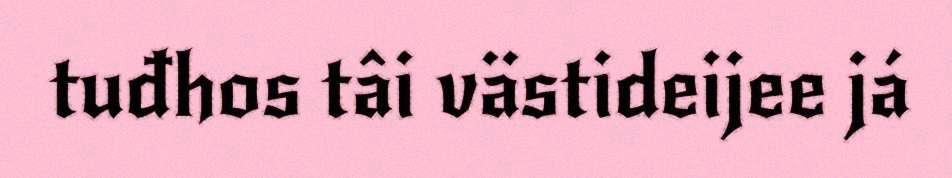
tuđhos tâi västideijee já